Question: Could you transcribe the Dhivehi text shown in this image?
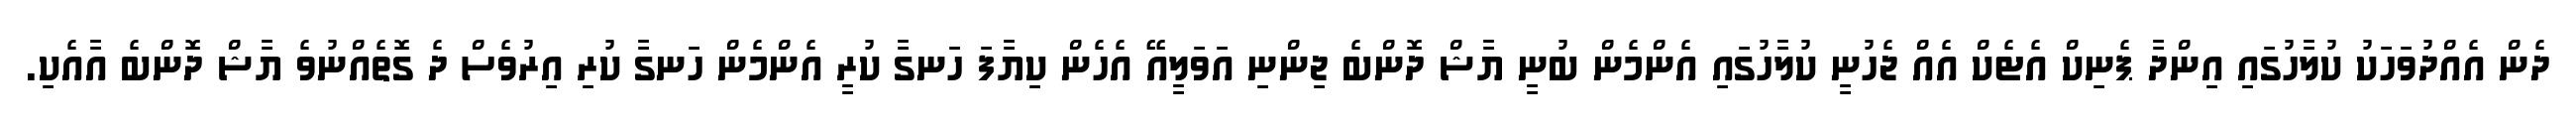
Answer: ދެން އެއްދުވަހަކު ކުލާހުގައި އިންދާ ޕެނިކް އެޓެކް އެއް ޖެހުނީ ކުލާހުގައި އެންމެން ބުނީ ޔާޝް ދޮންބެ ޖިންނި އަވަލީއޭ އެހެން ކިޔާފަ ހަނގާ ކުރީ އެންމެން ހަނގާ ކުރި އިރުވެސް ދެ ގޮތެއްނުވެ ޔާޝް ދޮންބެ އާއެކި.